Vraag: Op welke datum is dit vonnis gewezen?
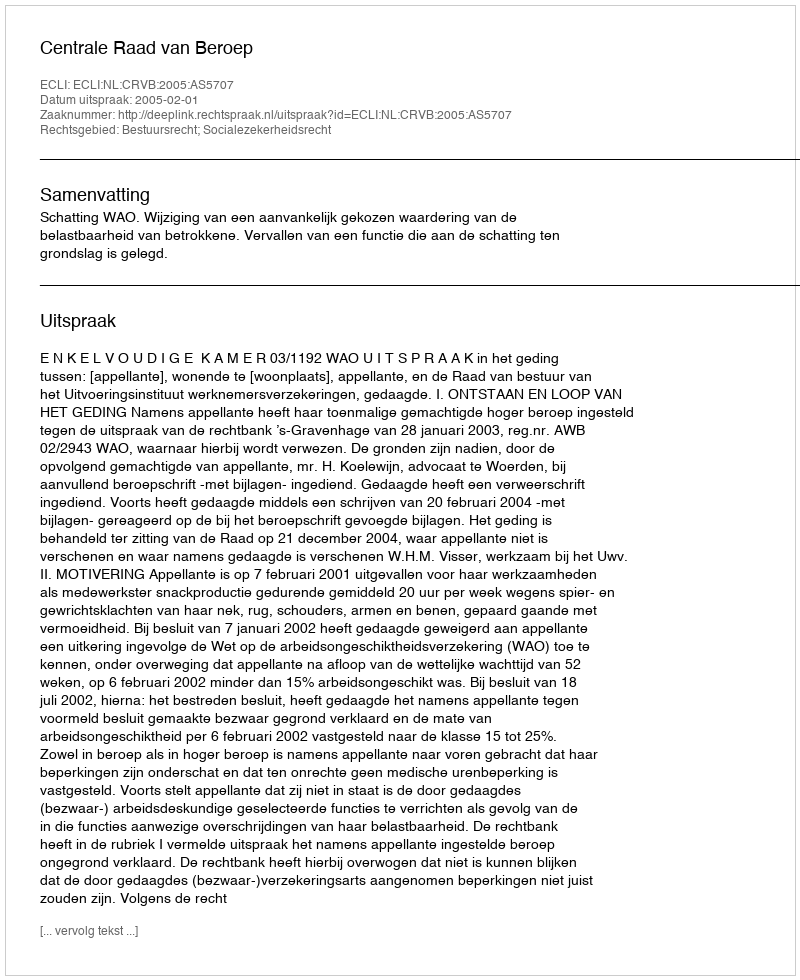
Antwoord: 2005-02-01